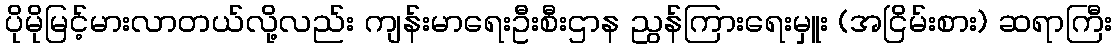
ပိုမိုမြင့်မားလာတယ်လို့လည်း ကျန်းမာရေးဦးစီးဌာန ညွန်ကြားရေးမှူး (အငြိမ်းစား) ဆရာကြီး